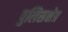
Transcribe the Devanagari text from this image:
पुलिसक्षेत्र